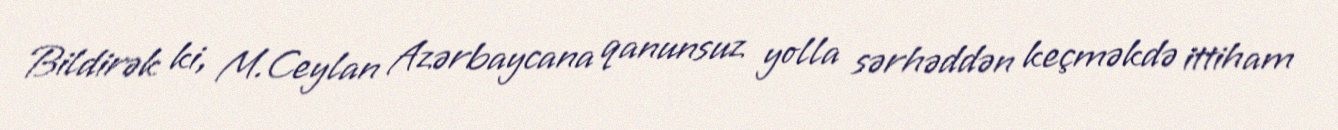
Bildirək ki, M.Ceylan Azərbaycana qanunsuz yolla sərhəddən keçməkdə ittiham